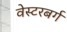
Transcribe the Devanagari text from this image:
वेस्टरबर्ग